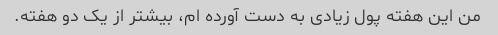
من این هفته پول زیادی به دست آورده ام، بیشتر از یک دو هفته.